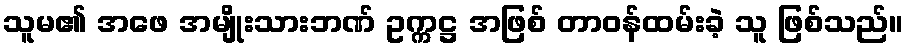
သူမ၏ အဖေ အမျိုးသားဘဏ် ဥက္ကဋ္ဌ အဖြစ် တာဝန်ထမ်းခဲ့ သူ ဖြစ်သည်။